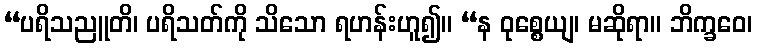
“ပရိသညူတိ၊ ပရိသတ်ကို သိသော ရဟန်းဟူ၍။ “န ဝုစ္စေယျ၊ မဆိုရာ။ ဘိက္ခဝေ၊